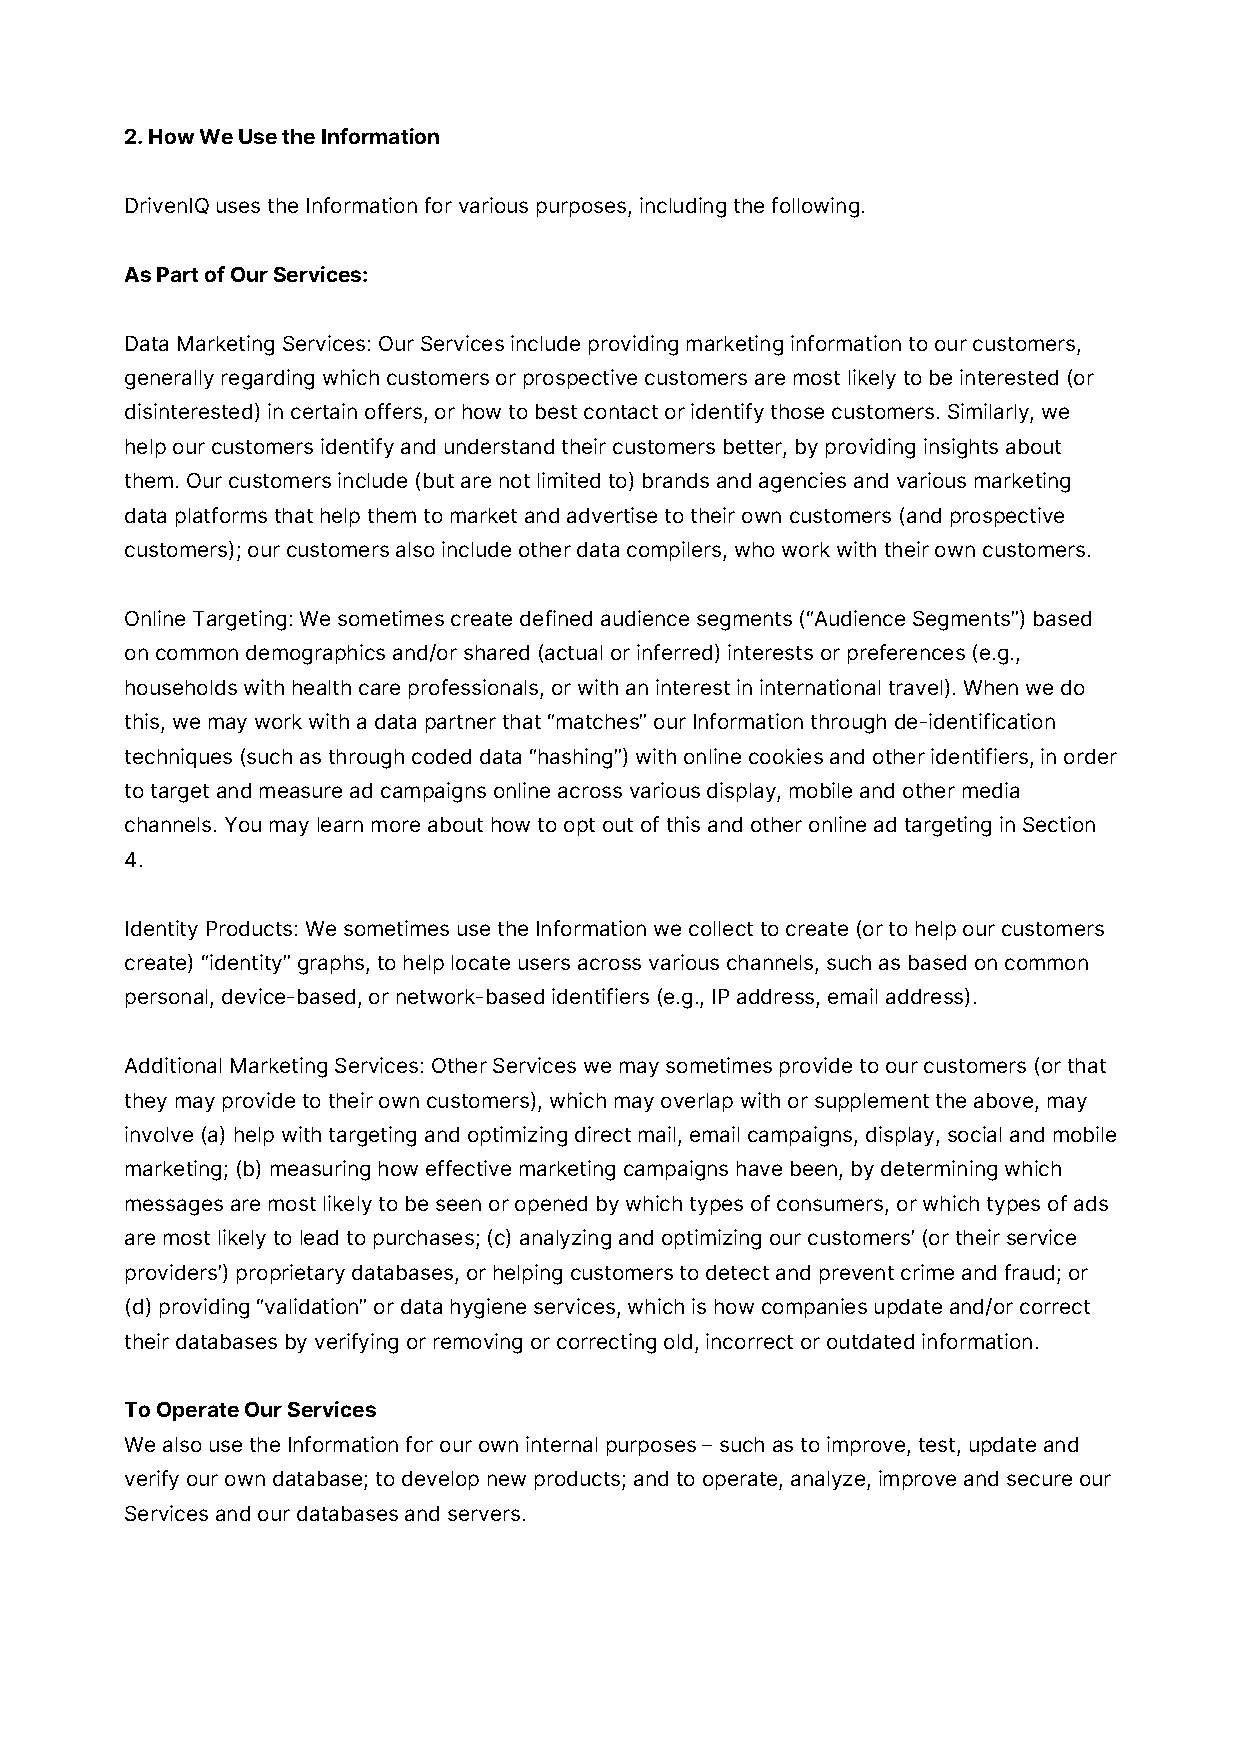
2. How We Use the Information
 DrivenIQ uses the Information for various purposes, including the following.
 As Part of Our Services:
 Data Marketing Services: Our Services include providing marketing information to our customers,
 generally regarding which customers or prospective customers are most likely to be interested (or
 disinterested) in certain offers, or how to best contact or identify those customers. Similarly, we
 help our customers identify and understand their customers better, by providing insights about
 them. Our customers include (but are not limited to) brands and agencies and various marketing
 data platforms that help them to market and advertise to their own customers (and prospective
 customers); our customers also include other data compilers, who work with their own customers.
 Online Targeting: We sometimes create defined audience segments (“Audience Segments”) based
 on common demographics and/or shared (actual or inferred) interests or preferences (e.g.,
 households with health care professionals, or with an interest in international travel). When we do
 this, we may work with a data partner that “matches” our Information through de-identification
 techniques (such as through coded data “hashing”) with online cookies and other identifiers, in order
 to target and measure ad campaigns online across various display, mobile and other media
 channels. You may learn more about how to opt out of this and other online ad targeting in Section
 4.
 Identity Products: We sometimes use the Information we collect to create (or to help our customers
 create) “identity” graphs, to help locate users across various channels, such as based on common
 personal, device-based, or network-based identifiers (e.g., IP address, email address).
 Additional Marketing Services: Other Services we may sometimes provide to our customers (or that
 they may provide to their own customers), which may overlap with or supplement the above, may
 involve (a) help with targeting and optimizing direct mail, email campaigns, display, social and mobile
 marketing; (b) measuring how effective marketing campaigns have been, by determining which
 messages are most likely to be seen or opened by which types of consumers, or which types of ads
 are most likely to lead to purchases; (c) analyzing and optimizing our customers’ (or their service
 providers’) proprietary databases, or helping customers to detect and prevent crime and fraud; or
 (d) providing “validation” or data hygiene services, which is how companies update and/or correct
 their databases by verifying or removing or correcting old, incorrect or outdated information.
 To Operate Our Services
 We also use the Information for our own internal purposes – such as to improve, test, update and
 verify our own database; to develop new products; and to operate, analyze, improve and secure our
 Services and our databases and servers.